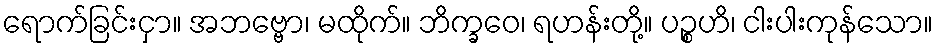
ရောက်ခြင်းငှာ။ အဘဗ္ဗော၊ မထိုက်။ ဘိက္ခဝေ၊ ရဟန်းတို့။ ပဉ္စဟိ၊ ငါးပါးကုန်သော။